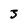
Character: 3